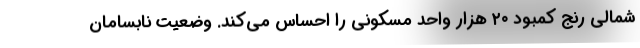
شمالی رنج کمبود ۲۰ هزار واحد مسکونی را احساس می‌کند. وضعیت نابسامان